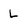
Character: L